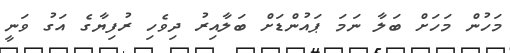
މަހުން މަހަށް ބަލާ ނަމަ ޕައުންޑަށް ބަލާއިރު ދިވެހި ރުފިޔާގެ އަގު ވަނީ